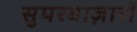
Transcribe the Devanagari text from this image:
सुपरबाज़ारों